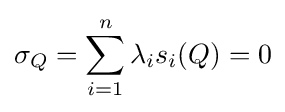
\sigma _{Q}=\sum _{i=1}^{n}\lambda _{i}s_{i}(Q)=0